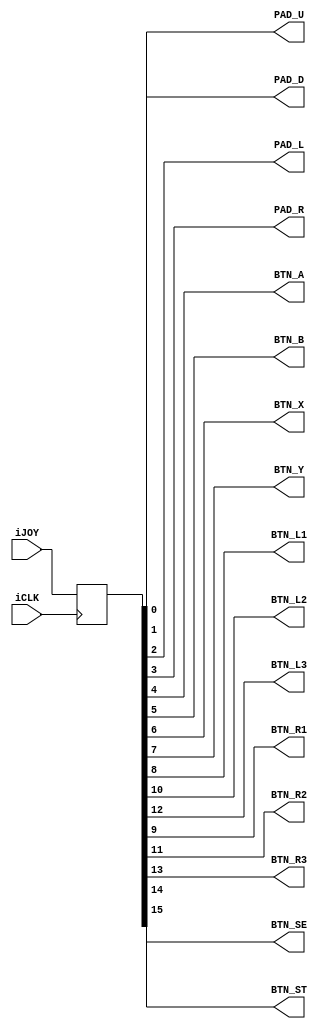
module pocket_gamepad
    (
        input        iCLK,
        input [15:0] iJOY,

        output wire  PAD_U,
        output wire  PAD_D,
        output wire  PAD_L,
        output wire  PAD_R,

        output wire  BTN_A,
        output wire  BTN_B,
        output wire  BTN_X,
        output wire  BTN_Y,

        output wire  BTN_L1,
        output wire  BTN_L2,
        output wire  BTN_L3,

        output wire  BTN_R1,
        output wire  BTN_R2,
        output wire  BTN_R3,

        output wire  BTN_SE,
        output wire  BTN_ST
    );

    assign PAD_U  = joy_keys_s[0];
    assign PAD_D  = joy_keys_s[1];
    assign PAD_L  = joy_keys_s[2];
    assign PAD_R  = joy_keys_s[3];

    assign BTN_A  = joy_keys_s[4];
    assign BTN_B  = joy_keys_s[5];
    assign BTN_X  = joy_keys_s[6];
    assign BTN_Y  = joy_keys_s[7];

    assign BTN_L1 = joy_keys_s[8];
    assign BTN_R1 = joy_keys_s[9];

    assign BTN_L2 = joy_keys_s[10];
    assign BTN_R2 = joy_keys_s[11];

    assign BTN_L3 = joy_keys_s[12];
    assign BTN_R3 = joy_keys_s[13];

    assign BTN_SE = joy_keys_s[14];
    assign BTN_ST = joy_keys_s[15];

    reg [15:0] joy_keys_s;

    // Sync Joystick to Core Clock
    always @ (posedge iCLK) begin
        joy_keys_s <= iJOY;
    end

endmodule